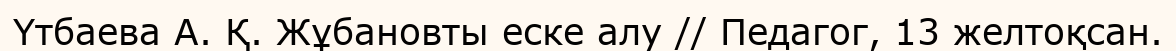
Үтбаева А. Қ. Жұбановты еске алу // Педагог, 13 желтоқсан.